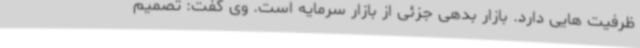
ظرفیت هایی دارد. بازار بدهی جزئی از بازار سرمایه است. وی گفت: تصمیم